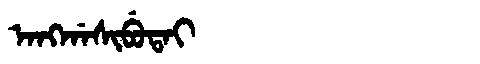
Manchu: ᠠᠩᡤᠠᠰᡳᠪᡠᡨᠠᡳ
Romanization: ANGGASIBUTAI